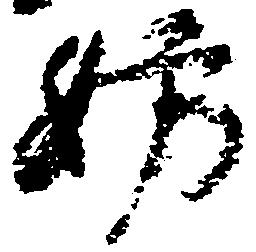
妨